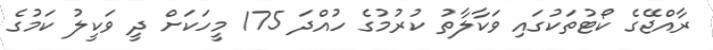
ރާއްޖޭގެ ކޯޓުތަކުގައި ވަކާލާތު ކުރުމުގެ ހުއްދަ 175 މީހަކަށް ދީ ވަކީލު ކަމުގެ